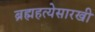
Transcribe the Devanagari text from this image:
ब्रह्महत्येसारखी